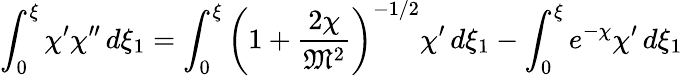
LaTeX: \int_{0}^{\xi}\chi^{\prime}\chi^{\prime\prime}\, d\xi_{1}=\int_{0}^{\xi}\left(1+{\frac{2\chi}{{\mathfrak{M}}^{2}}}\right)^{-1/2}\chi^{\prime}\, d\xi_{1}-\int_{0}^{\xi}e^{-\chi}\chi^{\prime}\, d\xi_{1}